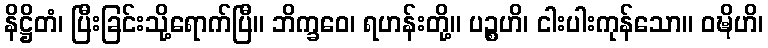
နိဋ္ဌိတံ၊ ပြီးခြင်းသို့ရောက်ပြီ။ ဘိက္ခဝေ၊ ရဟန်းတို့။ ပဉ္စဟိ၊ ငါးပါးကုန်သော။ ဝဍ္ဎိဟိ၊